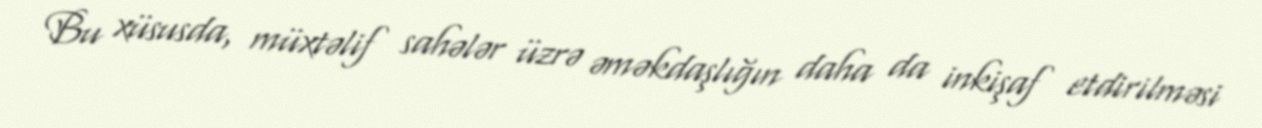
Bu xüsusda, müxtəlif sahələr üzrə əməkdaşlığın daha da inkişaf etdirilməsi